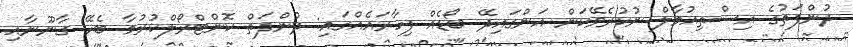
ދުންފަތުގެ އިސްތިއުމާލް ނުކުރެވޭކަން އަންގައިދޭ ބޯޑެއް ފިހާރައެއްގައި: ދުންފަތް ކޮންޓްރޯލްކުރުމާ ބެހޭ ގާނޫނާއި